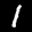
Label: 1